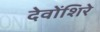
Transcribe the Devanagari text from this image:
देवोंशिरे